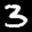
Label: 3